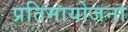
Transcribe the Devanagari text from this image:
प्रतिमायोजना